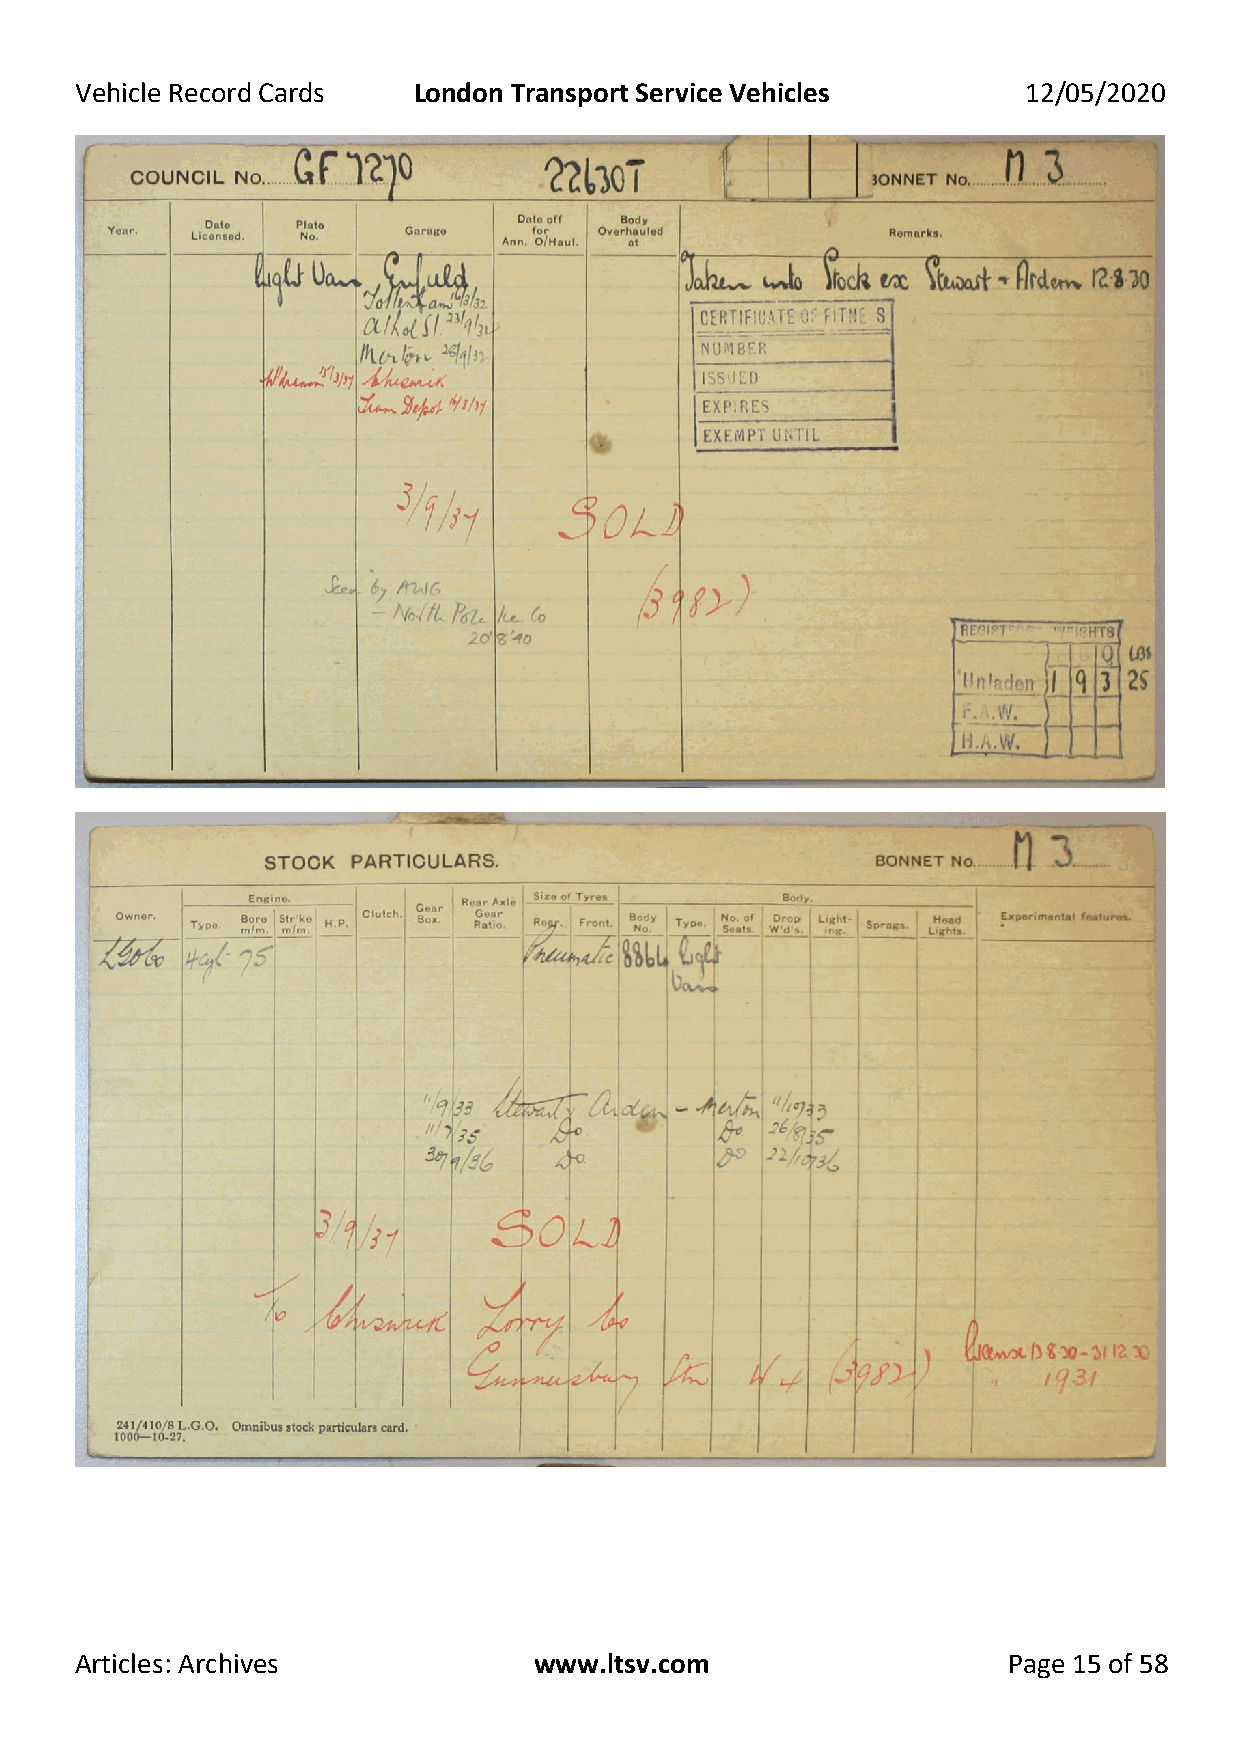
Vehicle Record Cards  London Transport Service Vehicles        12/05/2020
 Articles: Archives            www.ltsv.com                    Page 15 of 58